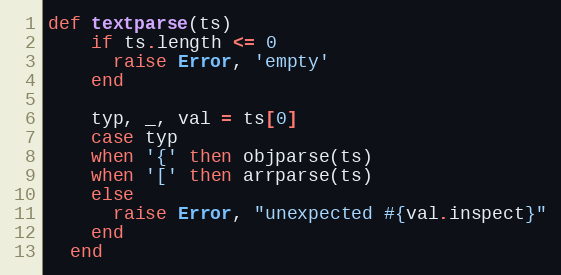
Language: Ruby
def textparse(ts)
    if ts.length <= 0
      raise Error, 'empty'
    end

    typ, _, val = ts[0]
    case typ
    when '{' then objparse(ts)
    when '[' then arrparse(ts)
    else
      raise Error, "unexpected #{val.inspect}"
    end
  end